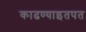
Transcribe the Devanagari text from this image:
काढण्याइतपत